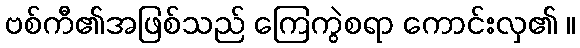
ဗစ်ကီ၏အဖြစ်သည် ကြေကွဲစရာ ကောင်းလှ၏ ။